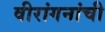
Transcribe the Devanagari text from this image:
वीरांगनांची